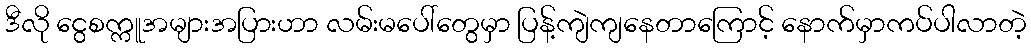
ဒီလို ငွေစက္ကူအများအပြားဟာ လမ်းမပေါ်တွေမှာ ပြန့်ကျဲကျနေတာကြောင့် နောက်မှာကပ်ပါလာတဲ့